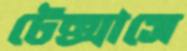
টেক্সাসে